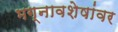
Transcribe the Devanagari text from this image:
भग्नावशेषांवर